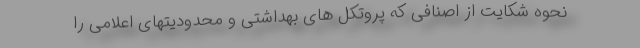
نحوه شکایت از اصنافی که پروتکل های بهداشتی و محدودیتهای اعلامی را